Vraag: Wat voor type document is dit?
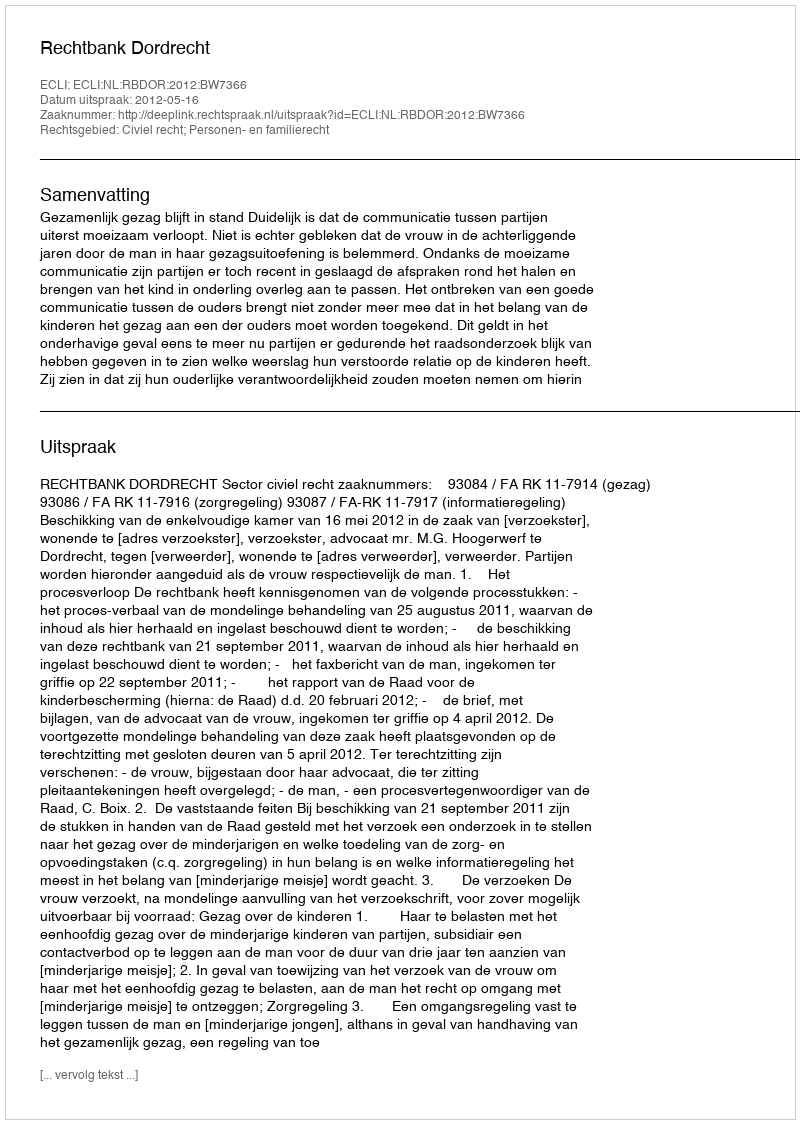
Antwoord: Uitspraak